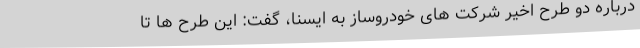
درباره دو طرح اخیر شرکت های خودروساز به ایسنا، گفت: این طرح ها تا